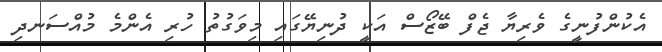
އެކުންފުނީގެ ވެރިޔާ ޖެފް ބޭޒޯސް އަކީ ދުނިޔޭގައި މިވަގުތު ހުރި އެންމެ މުއްސަނދި